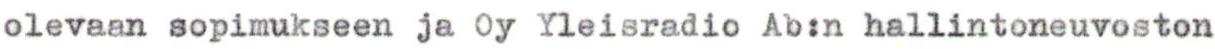
olevaan sopimukseen ja Oy Yleisradio Ab:n hallintoneuvoston